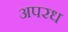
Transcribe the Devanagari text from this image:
अपरध